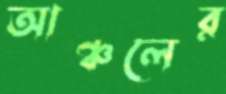
আঞ্চলের